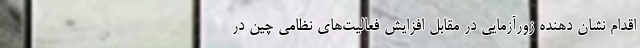
اقدام نشان دهنده زورآزمایی در مقابل افزایش فعالیت‌های نظامی چین در